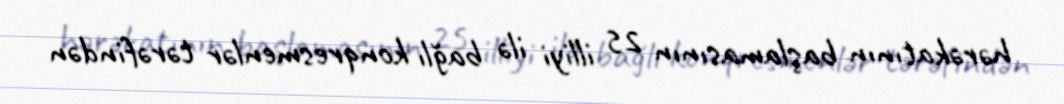
hərəkatının başlamasının 25 illiyi ilə bağlı konqresmenlər tərəfindən